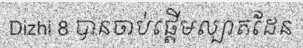
Dizhi 8 បានចាប់ផ្តើមល្បាតដែន